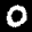
Label: 0